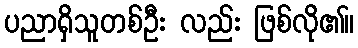
ပညာရှိသူတစ်ဦး လည်း ဖြစ်လို၏။